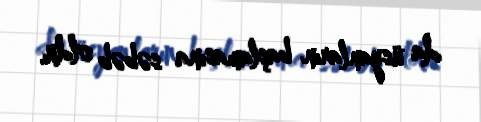
da üsyanların başlamasına səbəb oldu.